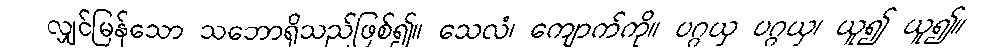
လျှင်မြန်သော သဘောရှိသည်ဖြစ်၍။ သေလံ၊ ကျောက်ကို။ ပဂ္ဂယှ ပဂ္ဂယှ၊ ယူ၍ ယူ၍။